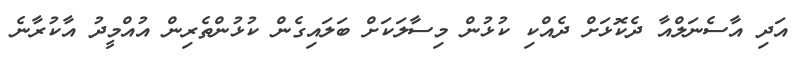
އަދި އާސެނަލްއާ ދެކޮޅަށް ދެއްކި ކުޅުން މިސާލަކަށް ބަލައިގެން ކުޅުންތެރިން އުއްމީދު އާކުރާނެ